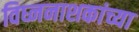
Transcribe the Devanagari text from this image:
विघ्ननाशकांच्या